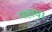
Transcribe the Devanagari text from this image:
नहाय।